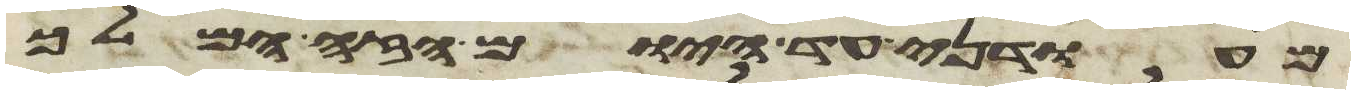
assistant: מעודני עד היום הזה המלך